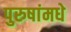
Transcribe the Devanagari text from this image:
पुरुषांमधे